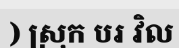
) ស្រុក បរ វិល